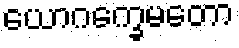
ယောဂက္ခေမတော